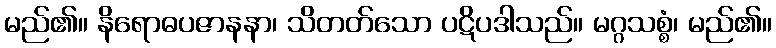
မည်၏။ နိရောဓပဇာနနာ၊ သိတတ်သော ပဋိပဒါသည်။ မဂ္ဂသစ္စံ၊ မည်၏။